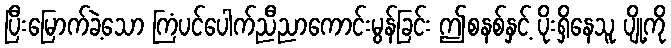
ပြီးမြောက်ခဲ့သော ကြံပင်ပေါက်ညီညာကောင်းမွန်ခြင်း ဤစနစ်နှင့် ပိုးရှိနေသူ ပျို့ကို